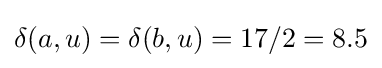
\delta (a,u)=\delta (b,u)=17/2=8.5